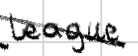
Text: League
Cross-out: diagonal
Writing tool: digital_black